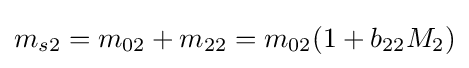
m_{s2}=m_{02}+m_{22}=m_{02}(1+b_{22}M_{2})